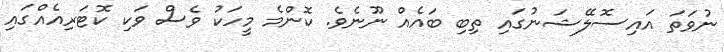
ނުވަތަ އައިސޮލޭޝަނުގައި ތިބި ބައެއް ނޫނެވެ. ކޮންމެ މީހަކު ވެސް ވަކި ކޮޓަރިއެއްގައި